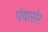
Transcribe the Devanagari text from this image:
पंवार्सर